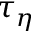
\tau _ { \eta }